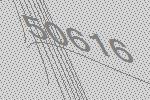
50616